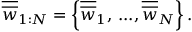
\overline { { \overline { { w } } } } _ { 1 : N } = \left\{ \overline { { \overline { { w } } } } _ { 1 } , \, . . . , \overline { { \overline { { w } } } } _ { N } \right\} .